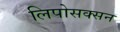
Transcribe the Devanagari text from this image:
लिपोसक्सन